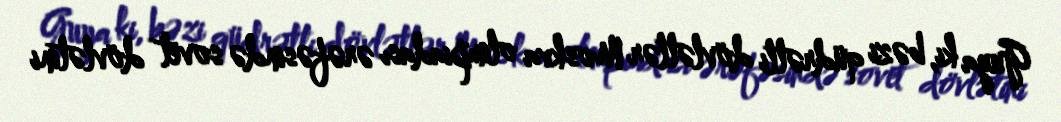
Guya ki, bəzi qüdrətli dövlətlər Moskva olimpiadası ərəfəsində sovet dövlətini